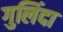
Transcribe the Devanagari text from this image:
गुलिंदा